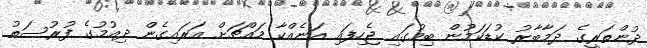
ދުންތަރީގެ ދަމާބާރު ކުޑަކަމުން ބިމުގައި ޖެހިފައި އަނެއްކާ މައްޗަށް އަރައިގެން ދިއުމުގެ ފުރުސަތު